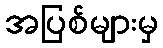
အပြစ်များမှ